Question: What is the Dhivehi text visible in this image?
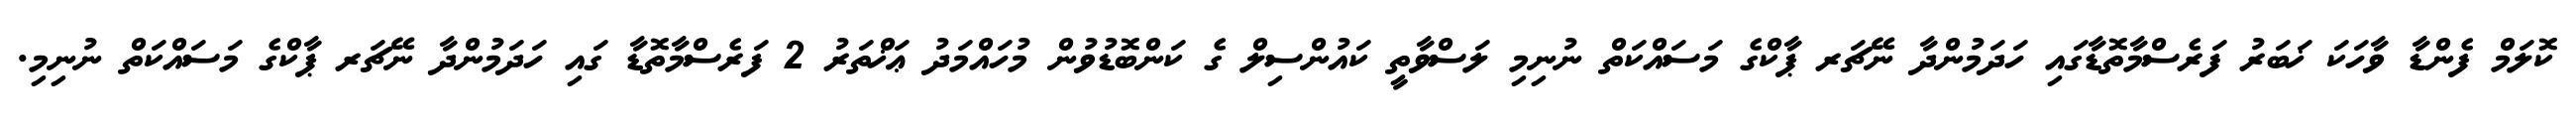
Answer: ކޮލަމް ފެންޑާ ވާހަކަ ޚަބަރު ފަރެސްމާތޮޑާގައި ހަދަމުންދާ ނޭޗަރ ޕާކްގެ މަސައްކަތް ނުނިމި ލަސްވާތީ ކައުންސިލް ގެ ކަންބޮޑުވުން މުހައްމަދު ޢަޚްތަރު 2 ފަރެސްމާތޮޑާ ގައި ހަދަމުންދާ ނޭޗަރ ޕާކްގެ މަސައްކަތް ނުނިމި.